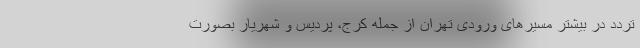
تردد در بیشتر مسیرهای ورودی تهران از جمله کرج، پردیس و شهریار بصورت